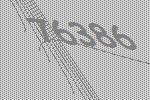
76386